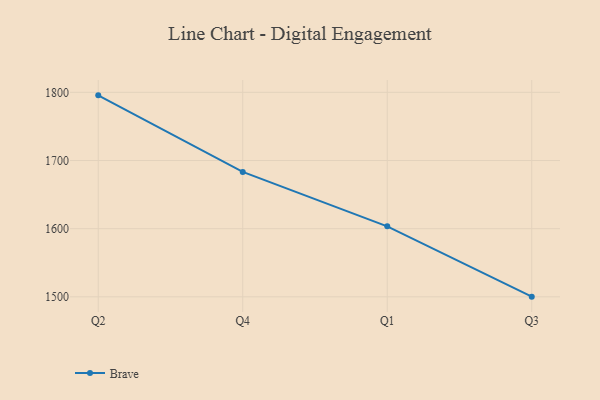
{"axis": {"x": "Quarter", "y": "Page Views"}, "legend": ["Brave"], "data": [{"x": "Q2", "y": 1795.6, "type": "Brave"}, {"x": "Q4", "y": 1683.3, "type": "Brave"}, {"x": "Q1", "y": 1603.4, "type": "Brave"}, {"x": "Q3", "y": 1500.3, "type": "Brave"}]}